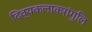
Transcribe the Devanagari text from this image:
दिव्यकलाकरांगुलि